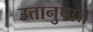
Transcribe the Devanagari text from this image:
उत्तानुपात